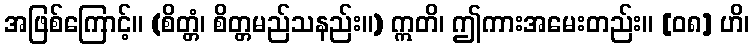
အဖြစ်ကြောင့်။ (စိတ္တံ၊ စိတ္တမည်သနည်း။) ဣတိ၊ ဤကားအမေးတည်း။ [၀၈] ဟိ၊